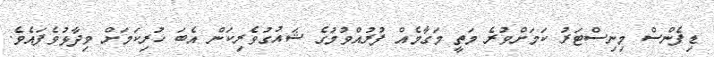
ޑިފެންސް މިނިސްޓަރު ކަމަށްވުރެ މަތީ މަގާމެއް ފުރުއްވުމުގެ ޝައުގުވެރިކަން އެބަ ހުރިކަމަށް ވިދާޅުވެފައެވެ.